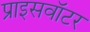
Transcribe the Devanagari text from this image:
प्राइसवॉटर